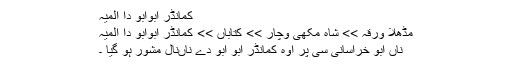
کمانڈر ابوابو دا المیہ
مُڈھلا ورقہ >> شاہ مُکھی وچار >> کتاباں >> کمانڈر ابوابو دا المیہ
ناں ابو خراسانی سی پر اوہ کمانڈر ابو ابو دے ناںنال مشور ہو گیا ۔